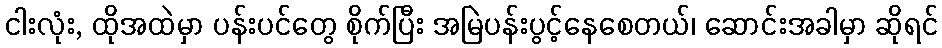
ငါးလုံး, ထိုအထဲမှာ ပန်းပင်တွေ စိုက်ပြီး အမြဲပန်းပွင့်နေစေတယ်၊ ဆောင်းအခါမှာ ဆိုရင်